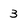
Character: 3